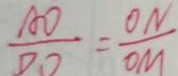
\frac { A O } { D O } = \frac { O N } { O M }